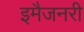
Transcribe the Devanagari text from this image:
इमैजनरी